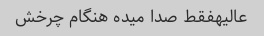
عالیهفقط صدا میده هنگام چرخش